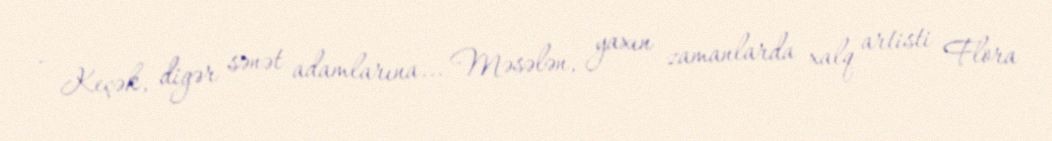
- Keçək, digər sənət adamlarına... Məsələn, yaxın zamanlarda xalq artisti Flora